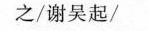
之/谢吴起/